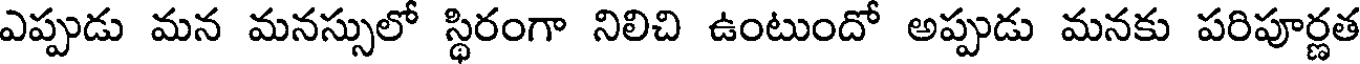
ఎప్పుడు మన మనస్సులో స్థిరంగా నిలిచి ఉంటుందో అప్పుడు మనకు పరిపూర్ణత